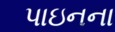
પાઇનના